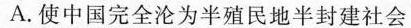
A.使中国完全沦为半殖民地半封建社会